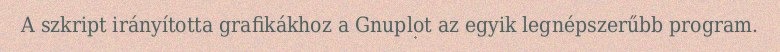
A szkript irányította grafikákhoz a Gnuplot az egyik legnépszerűbb program.